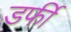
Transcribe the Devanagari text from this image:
डर्फी